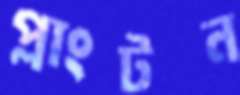
প্লাংটন